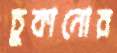
চুকানোর